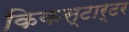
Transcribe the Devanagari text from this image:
किकस्टार्टर